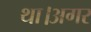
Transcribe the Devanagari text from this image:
था।अगर